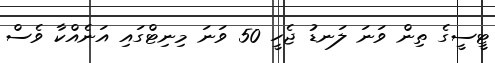
ޓީސީގެ ތިން ވަނަ ލަނޑު ޖެހީ 50 ވަނަ މިނިޓްގައި އަނެއްކާ ވެސް